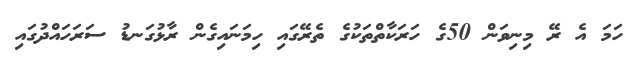
ހަމަ އެ ރޭ މިނިވަން 50ގެ ހަރަކާތްތަކުގެ ތެރޭގައި ހިމަނައިގެން ރާޅުގަނޑު ސަރަަހައްދުގައި